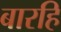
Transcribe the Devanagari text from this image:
बारहिं